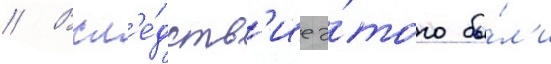
// Всл'е́дств'ие э́того бы́л'и